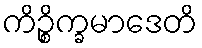
ကိဉ္စိက္ခမာဒေတိ